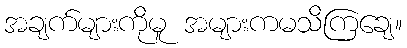
အချက်များကိုမူ အများကမသိကြချေ။